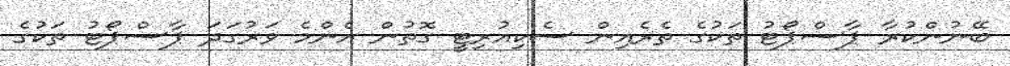
ބޭނުންކުރާ ޕާސްޕޯޓު ތަކުގެ ތެރެއިން ސެކިއުރިޓީ ގޮތުން އެންމެ ވަރުގަދަ ޕާސްޕޯޓު ތަކުގެ